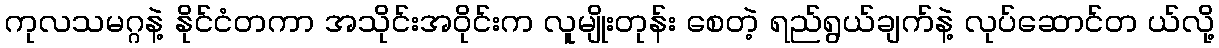
ကုလသမဂ္ဂနဲ့ နိုင်ငံတကာ အသိုင်းအဝိုင်းက လူမျိုးတုန်း စေတဲ့ ရည်ရွယ်ချက်နဲ့ လုပ်ဆောင်တ ယ်လို့